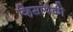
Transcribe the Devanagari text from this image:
व्हिसांपैकी